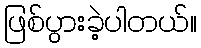
ဖြစ်ပွားခဲ့ပါတယ်။